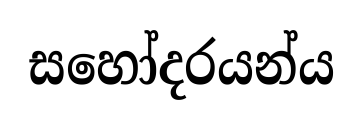
සහෝදරයන්ය